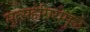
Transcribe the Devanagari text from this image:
मुत्सद्देगिरीमुळे